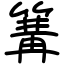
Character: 篝